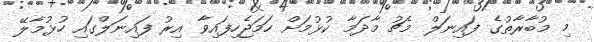
މި މުބާރާތުގެ ފައިނަލް މެޗު މާދަމާ ކުޅުމަށް ހަމަޖެހިފައިވާ އިރު ފައިނަލްގައި ހުޅުމާލޭ